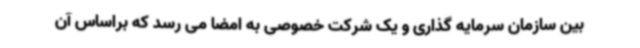
بین سازمان سرمایه گذاری و یک شرکت خصوصی به امضا می رسد که براساس آن